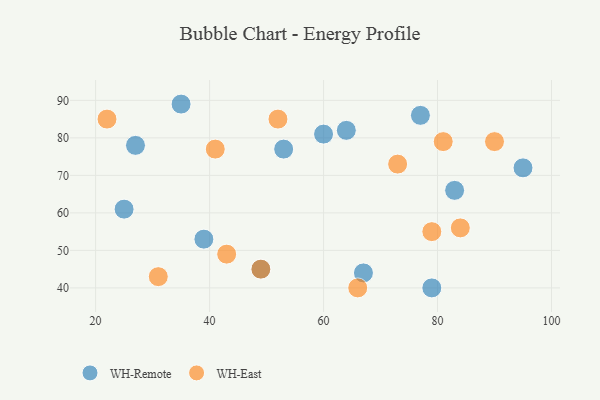
{"axis": {"x": "GDP", "y": "Life Expectancy"}, "legend": ["WH-East", "WH-Remote"], "data": [{"x": "39", "y": 53, "type": "WH-Remote"}, {"x": "95", "y": 72, "type": "WH-Remote"}, {"x": "64", "y": 82, "type": "WH-Remote"}, {"x": "83", "y": 66, "type": "WH-Remote"}, {"x": "77", "y": 86, "type": "WH-Remote"}, {"x": "25", "y": 61, "type": "WH-Remote"}, {"x": "67", "y": 44, "type": "WH-Remote"}, {"x": "53", "y": 77, "type": "WH-Remote"}, {"x": "49", "y": 45, "type": "WH-Remote"}, {"x": "35", "y": 89, "type": "WH-Remote"}, {"x": "60", "y": 81, "type": "WH-Remote"}, {"x": "27", "y": 78, "type": "WH-Remote"}, {"x": "79", "y": 40, "type": "WH-Remote"}, {"x": "52", "y": 85, "type": "WH-East"}, {"x": "49", "y": 45, "type": "WH-East"}, {"x": "41", "y": 77, "type": "WH-East"}, {"x": "22", "y": 85, "type": "WH-East"}, {"x": "84", "y": 56, "type": "WH-East"}, {"x": "81", "y": 79, "type": "WH-East"}, {"x": "43", "y": 49, "type": "WH-East"}, {"x": "66", "y": 40, "type": "WH-East"}, {"x": "31", "y": 43, "type": "WH-East"}, {"x": "73", "y": 73, "type": "WH-East"}, {"x": "90", "y": 79, "type": "WH-East"}, {"x": "79", "y": 55, "type": "WH-East"}]}